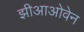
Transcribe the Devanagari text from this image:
झीआओवेन